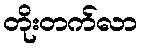
တိုးတက်လာ